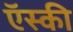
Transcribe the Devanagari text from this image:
ऍस्की